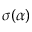
\sigma ( \alpha )